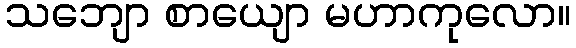
သဘျော စာယျော မဟာကုလော။